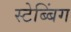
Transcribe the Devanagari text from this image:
स्टेब्बिंग